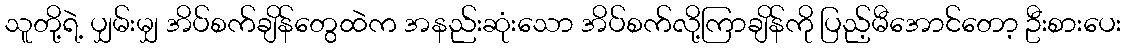
သူတို့ရဲ့ ပျှမ်းမျှ အိပ်စက်ချိန်တွေထဲက အနည်းဆုံးသော အိပ်စက်လို့ကြာချိန်ကို ပြည့်မီအောင်တော့ ဦးစားပေး